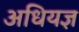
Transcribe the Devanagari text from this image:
अधियज्ञ